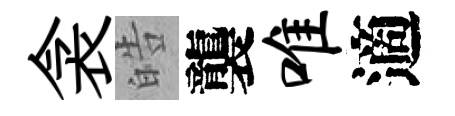
衾皓襲唯適